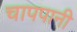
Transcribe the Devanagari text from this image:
चापपानी